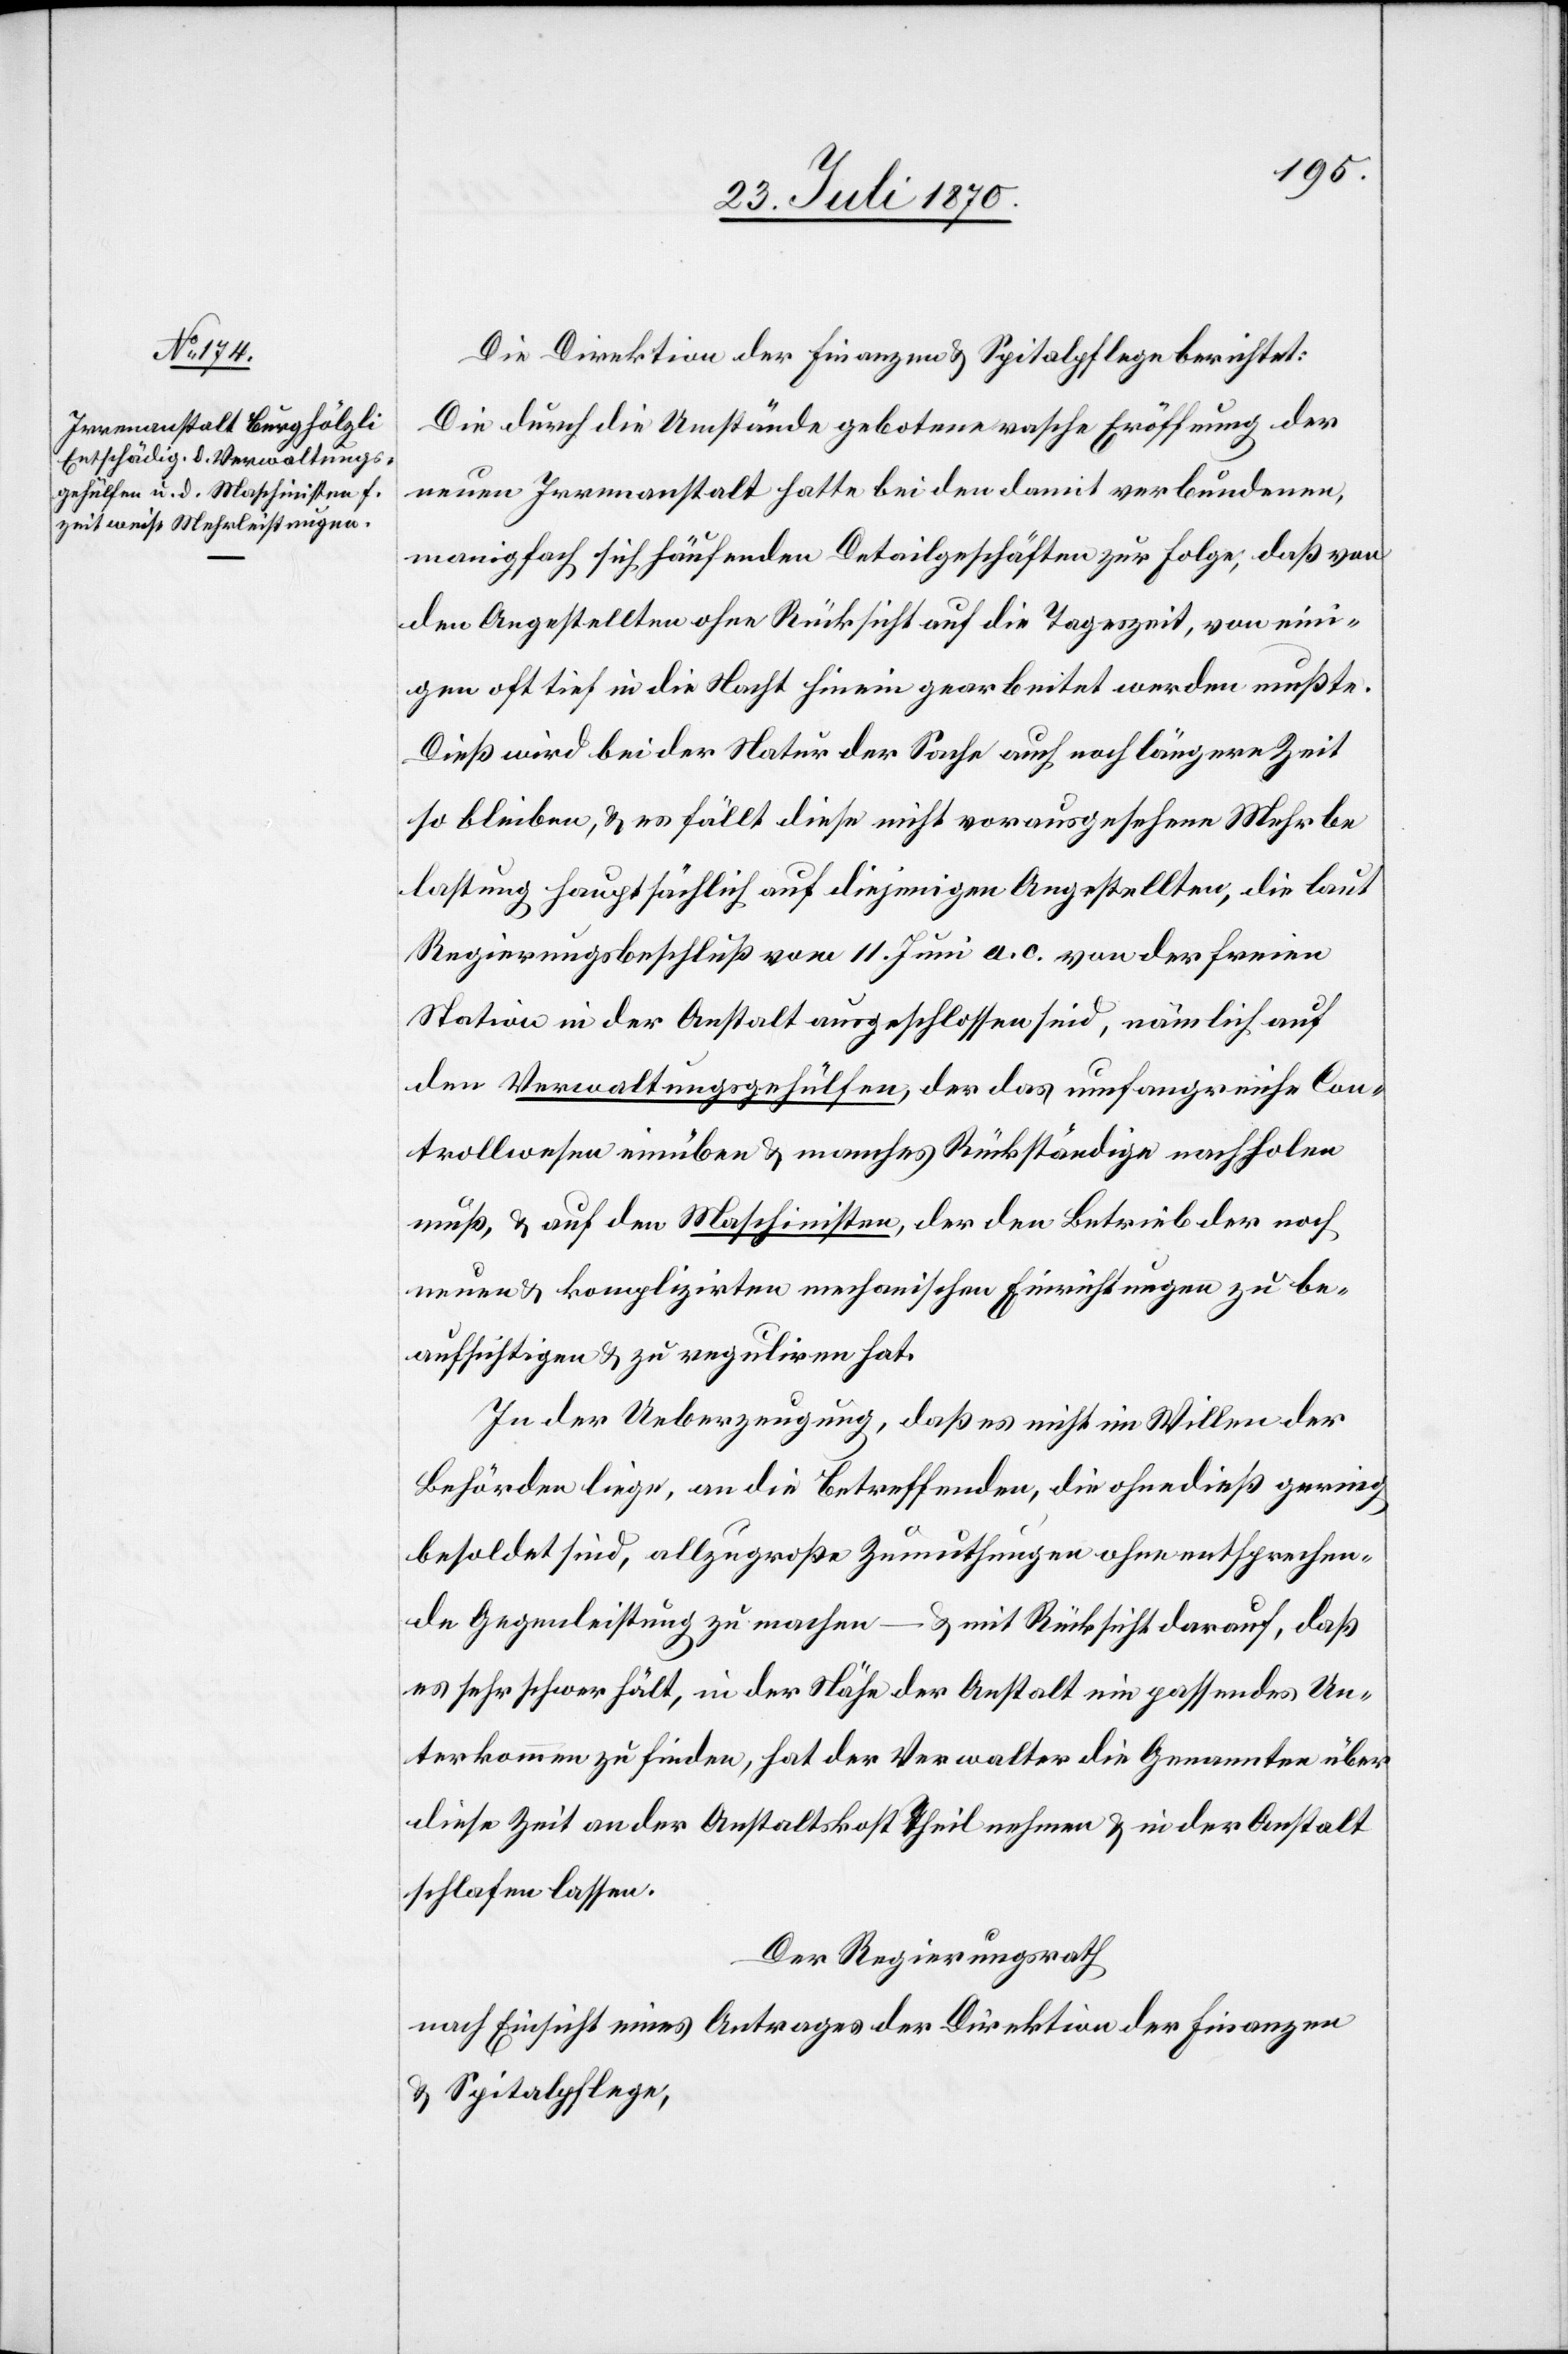
Die Direktion der Finanzen & Spitalpflege berichtet:
Die durch die Umstände gebotene rasche Eröffnung der
neuen Irrenanstalt hatte bei den damit verbundenen,
manigfach sich häufenden Detailgeschäften zur Folge, daß von
den Angestellten ohne Rücksicht auf die Tageszeit, von eini¬
gen oft tief in die Nacht hinein gearbeitet werden mußte.
Dieß wird bei der Natur der Sache auch noch längere Zeit
so bleiben, & es fällt diese nicht vorausgesehene Mehrbe¬
lastung hauptsächlich auf diejenigen Angestellten, die laut
Regierungsbeschluß vom 11. Juni a. c. von der freien
Station in der Anstalt ausgeschlossen sind, nämlich auf
den Verwaltungsgehülfen, der das umfangreiche Con¬
trollwesen einüben & manches Rückständige nachholen
muß, & auf den Maschinisten, der den Betrieb der noch
neuen & komplizirten mechanischen Einrichtungen zu be¬
aufsichtigen & zu reguliren hat.
In der Ueberzeugung, daß es nicht im Willen der
Behörden liege, an die Betreffenden, die ohnedieß gering
besoldet sind, allzugroße Zumuthungen ohne entsprechen¬
de Gegenleistung zu machen – & mit Rücksicht darauf, daß
es sehr schwer hält, in der Nähe der Anstalt ein passendes Un¬
terkommen zu finden, hat der Verwalter die Genannten über
diese Zeit an der Anstaltskost theilnehmen & in der Anstalt
Der Regierungsrath
nach Einsicht eines Antrages der Direktion der Finanzen
& Spitalpflege,